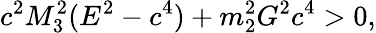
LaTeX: c^{2}M_{3}^{2}(E^{2}-c^{4})+m_{2}^{2}G^{2}c^{4}>0,